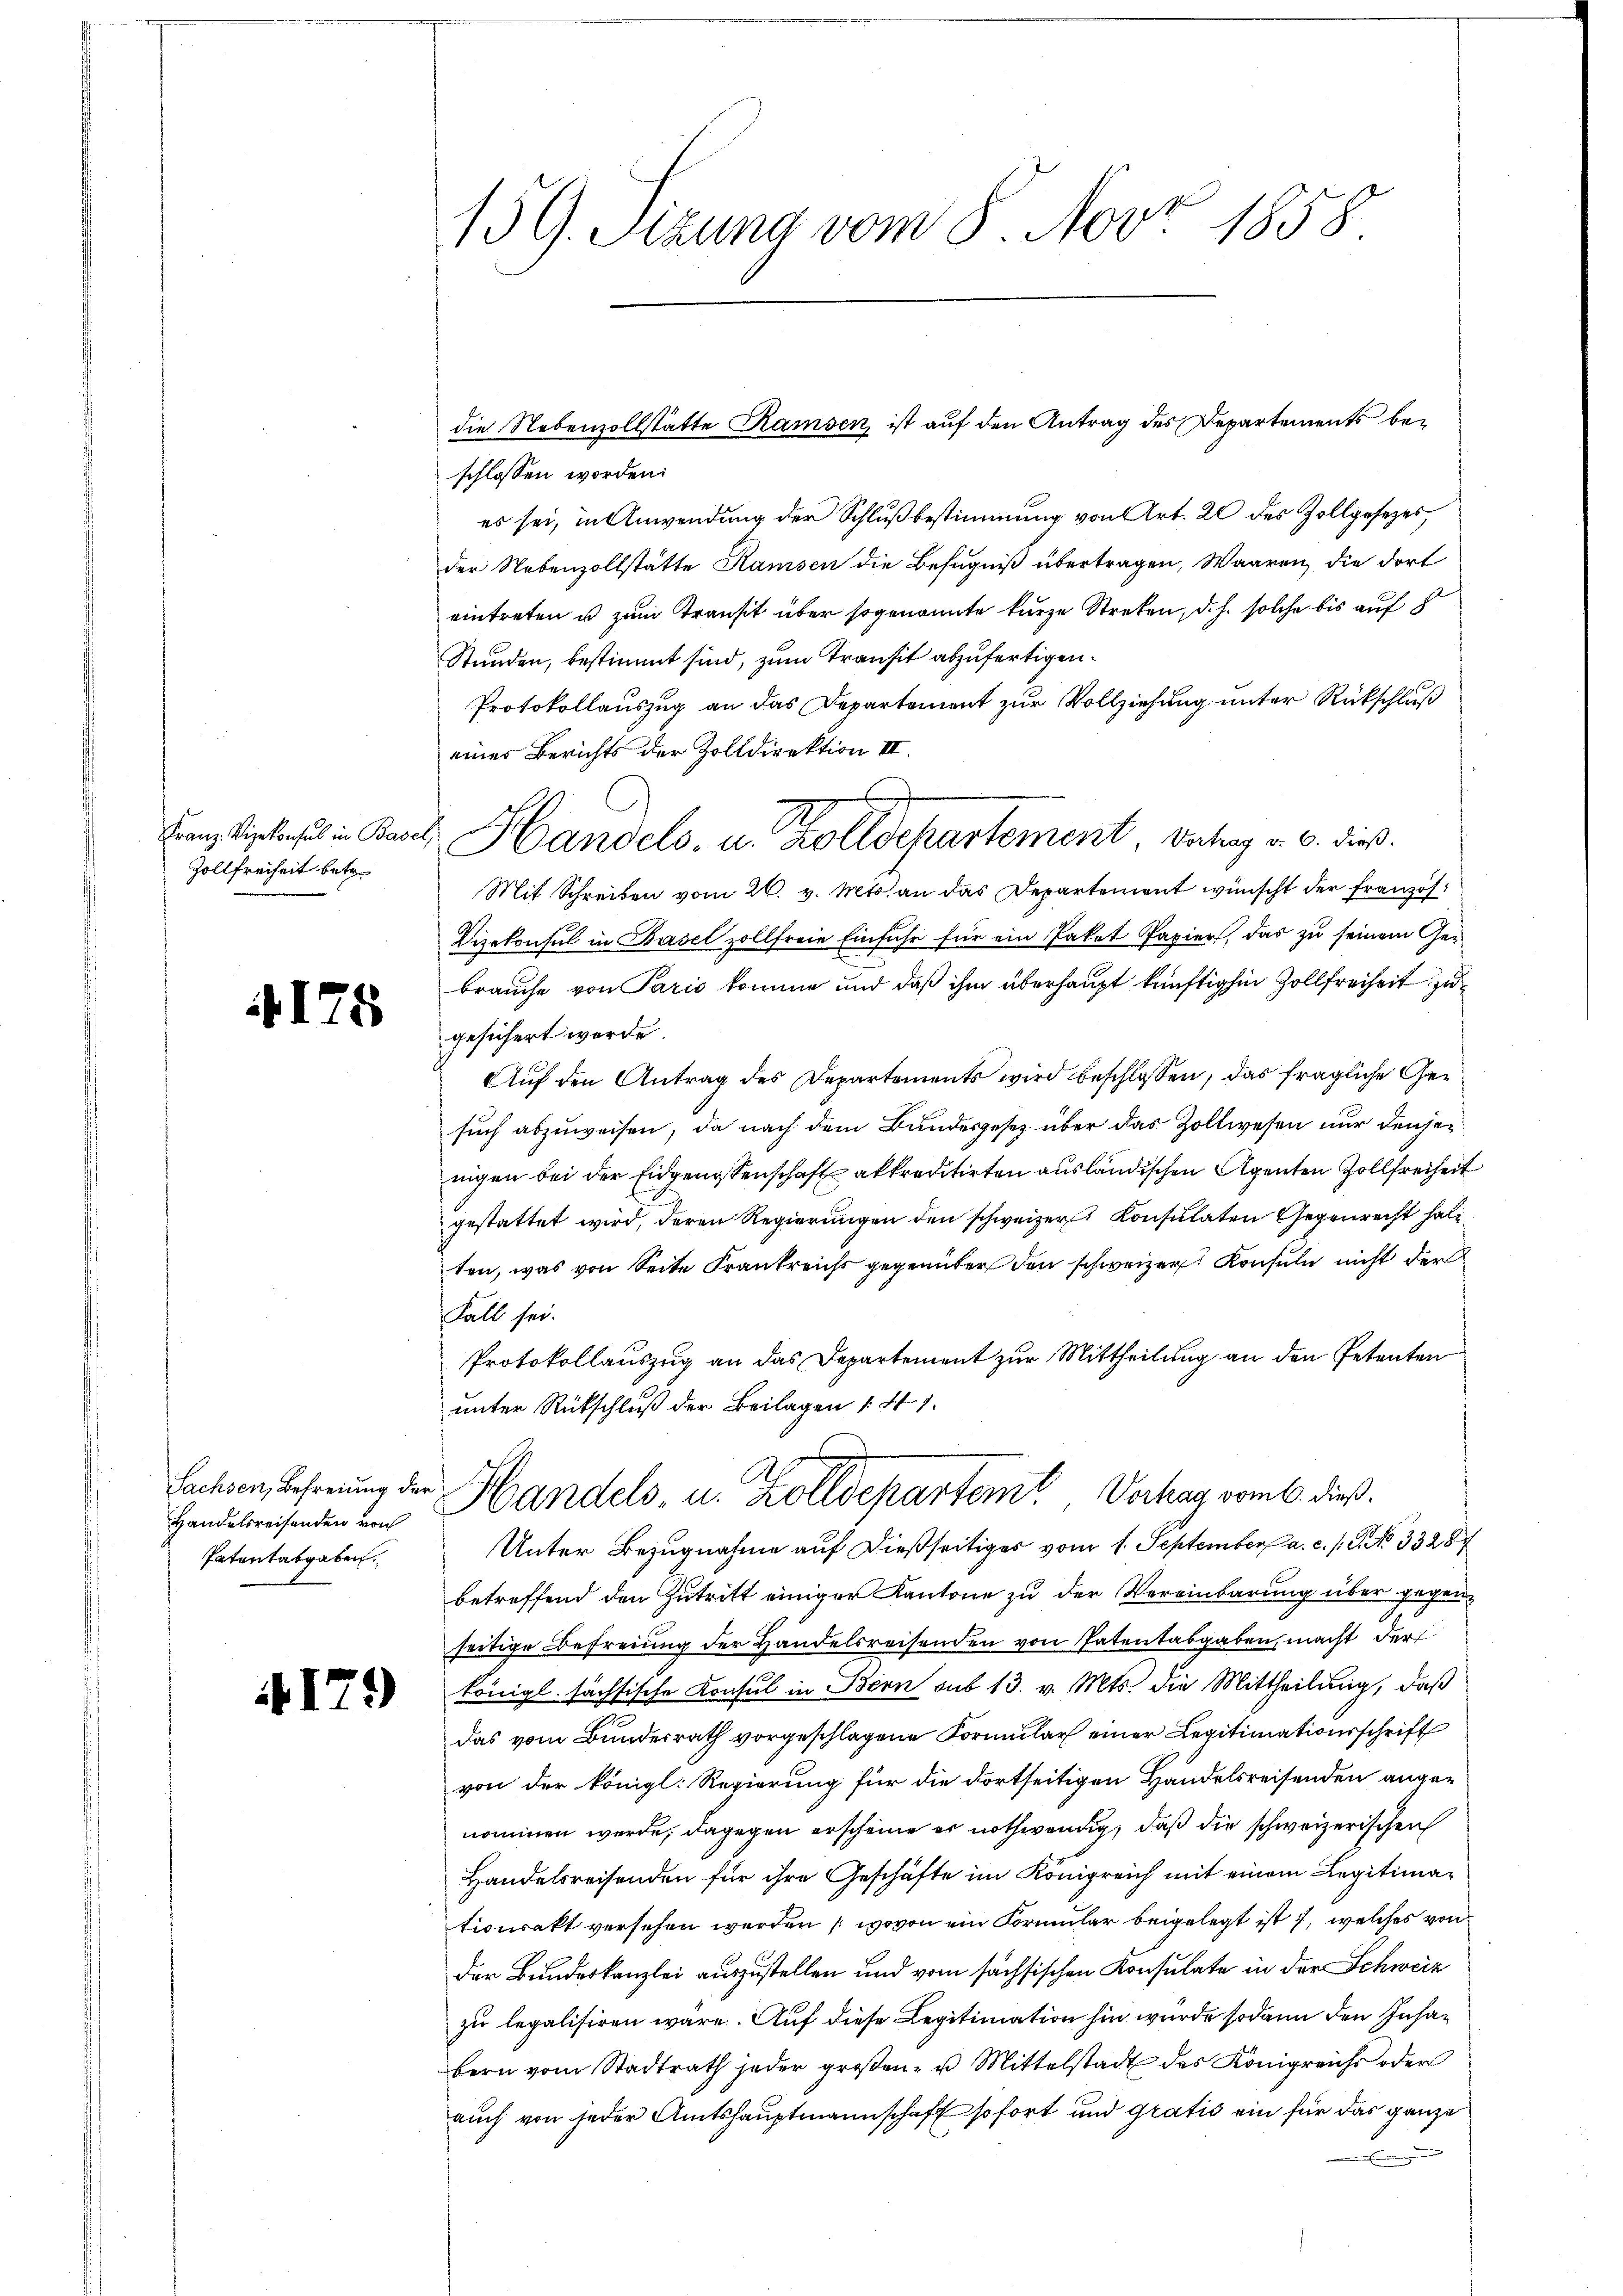
Franz-Vizekonsul in Base
Zollfreiheit betr.

175

Sachsen, Befreiung der
Handelsreisenden von
Patentatgaben.

4179

139. Sitzung vom 5. Nov. 1858

die Nebenzollstätte Ramsen, ist auf den Antrag des Departements beschlossen worden:
es sei, in Anwendung der Schlußbestimmung von Art. 22 des Zollgesezes
der Nebenzollstätte Ramsen die Befugniß übertragen, Waaren, die dort
eintreten u zum Transit über sogenannte kurze Streben, d. h. solche bis auf
Stunden, bestimmt sind, zum Transit abzufertigen.
Protokollauszug an das Departement zur Vollziehung unter Rückschluß
einer Berichts der Zolldirektion III.
Mit Schreiben vom 26. v. Mts. an das Departement wünscht der französ¬
Vizekonsul in Basel zollfreie Einfuhr für ein Paket Papier, das zu seinem Gerbrauche von Paris komme und daß ihm überhaupt künftighin Zollfreiheit zu
gesichert werde.
Auf den Antrag des Departements wird beschlossen, das fragliche Gesuch abzuweisen, da nach dem Bundesgesetz über das Zollwesen nur denjen
nigen bei der Eidgenossenschaft akkreditirten ausländischen Agenten Zollfreiheit
gestattet wird, deren Regierungen den schweizer Konsulaten Gegenrecht hat
ten, was von Seite Frankreichs gegenüber den schweizer Konsuln nicht der
Fall sei.
Protokollauszug an das Departement zur Mittheilung an den Petenten
unter Rückschluß der Beilagen 141.
Handels, u. Zolldepartemt, Verhag vom 6. dieß.
Unter Bezugnahme auf dießseitiges vom 1. September a. c. s. S. NNo. 33287
betreffend den Zutritt einiger Kantone zu der Vereinbarung über gegenseitige Befreiung der Handelsreisenden von Patentabgaben macht der
königl. sächsische Konsul in Bern sub 13. v. Mts. die Mittheilung, daß
das vom Bundesrath vorgeschlagene Formular einer Legitimationsschrift
von der königl. Regierung für die dortseitigen Handelsreisenden angenommen werde; dagegen erscheine er nothwendig, daß die schweizerischen
Handelsreisenden für ihre Geschäfte im Königreich mit einem Legitimationsakt versehen werden (wovon ein Formular beigelegt ist, welches von
der Bundeskanzlei auszustellen und vom sächsischen Konsulate in der Schweiz
zu legalisiren wäre. Auf diese Legitimation hin wurde sodann den Insabern vom Stadtrath jeder groβen- u Mittelstadt des Königreichs oder
auch von jeder Amtshauptmannschaft sofort und gratis ein für das ganze
.

Handels- u. Zolldepartement. Betrag v. 6. dies